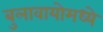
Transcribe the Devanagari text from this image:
बुलावायोमध्ये